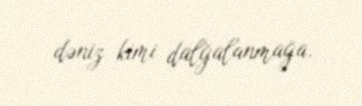
dəniz kimi dalğalanmağa.